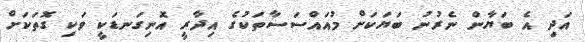
އަދި އެ ބަޔާން ނެރުނު ބަޔަކަށް މުއައްސަސާތަކުގެ އިދާރީ އޮނިގަނޑަކީ ވަކި ގޮތަކަށް